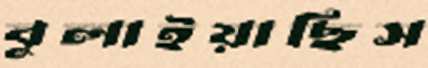
বুলাইয়াছিস